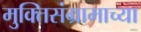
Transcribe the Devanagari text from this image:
मुक्तिसंग्रामाच्या